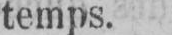
temps.